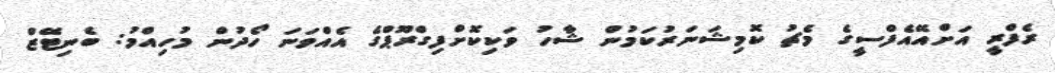
ރެފްރީ އަށްއޭއެފްސީގެ މެޗު ކޮމިޝަނަރުކަމުން ޝާހު ވަކިކޮށްފިގްރޫޕްގެ އެއްވަނަ ހޯދުން މުހިއްމު: ބެނިޓޭޒް